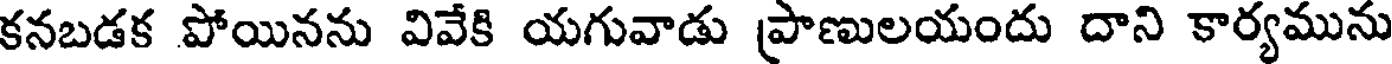
కనబడక పోయినను వివేకి యగువాడు ప్రాణులయందు దాని కార్యమును